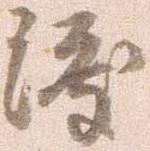
渡